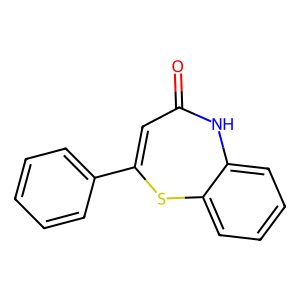
SMILES: O=C1C=C(c2ccccc2)Sc2ccccc2N1
Inhibits HIV replication: No